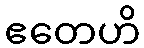
ဧတေဟိ